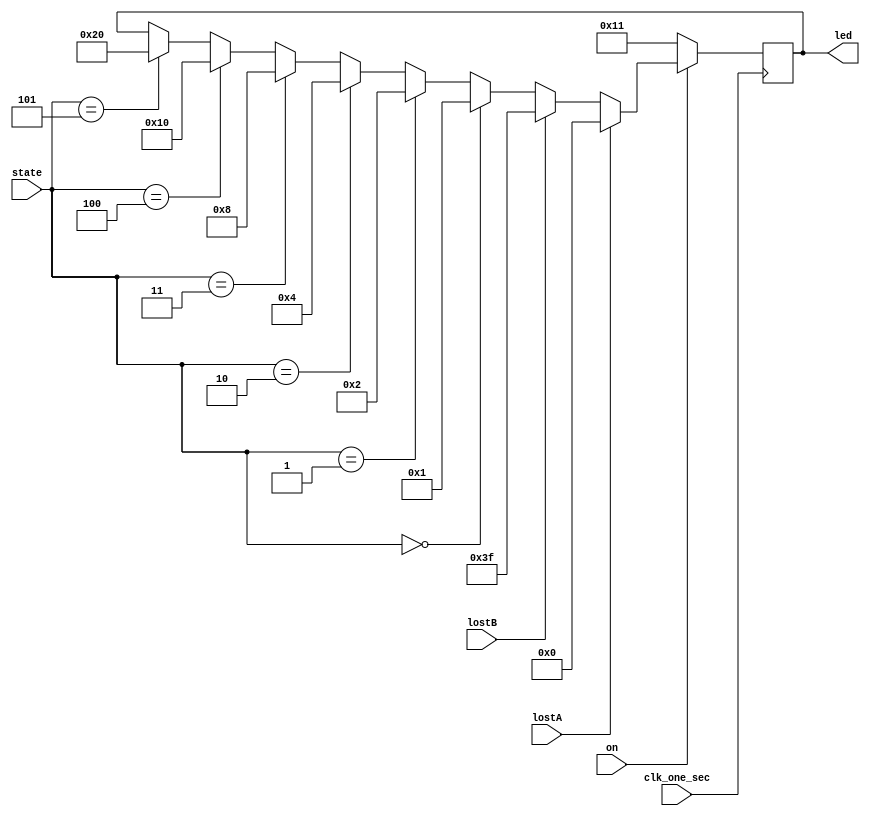
module glow_led(on , clk_one_sec , led , state , lostA , lostB);
input [2:0]state;
input clk_one_sec;
output reg [5:0]led;
input lostA , lostB;
input on;
always @(posedge clk_one_sec)
begin

    if(on)
        begin
        if(lostA)
        begin
            led = 6'b000000;
        end
        else if(lostB)
        begin
            led = 6'b111111;
        end
        
        else
            begin
            if(state == 0)
            begin
                led = 6'b000001;
            end
            else if(state == 1)
            begin
                led = 6'b000010;
            end
            else if(state == 2)
            begin
                led = 6'b000100;
            end
            else if(state == 3)
            begin
                led = 6'b001000;
            end
            else if(state == 4)
            begin
                led = 6'b010000;
            end
            else if(state == 5)
            begin
                led = 6'b100000;
            end
            end  
        end
    else
        begin
            led = 5'b10001;
        end
end
endmodule